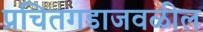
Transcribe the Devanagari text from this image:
प्रचितगडाजवळील